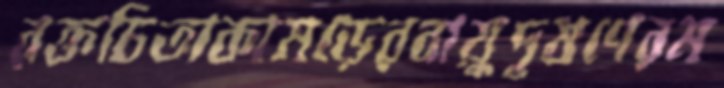
রক্তচিতাকামড়েরবায়ুদূষণেরম